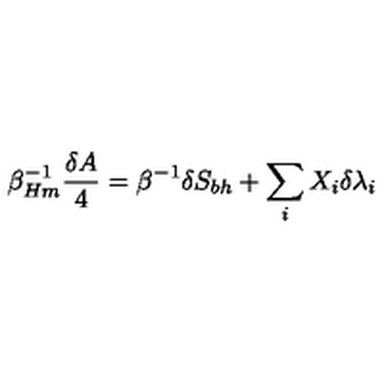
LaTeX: \beta _ { H m } ^ { - 1 } { \frac { \delta A } { 4 } } = \beta ^ { - 1 } \delta S _ { b h } + \sum _ { i } X _ { i } \delta \lambda _ { i }